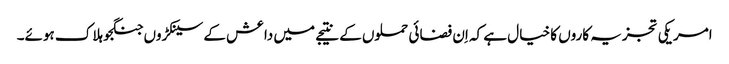
امریکی تجزیہ کاروں کا خیال ہے کہ اِن فضائی حملوں کے نتیجے میں داعش کے سینکڑوں جنگجو ہلاک ہوئے۔